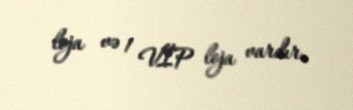
loja və 1 VİP loja vardır.